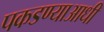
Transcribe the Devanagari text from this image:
पकडण्याआधी